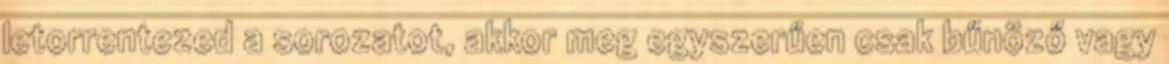
letorrentezed a sorozatot, akkor meg egyszerűen csak bűnöző vagy